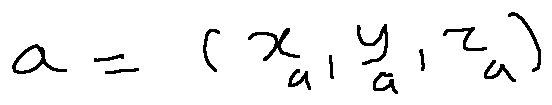
a = ( x _ { a } , y _ { a } , z _ { a } )